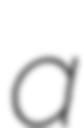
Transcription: a